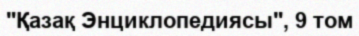
"Қазақ Энциклопедиясы", 9 том